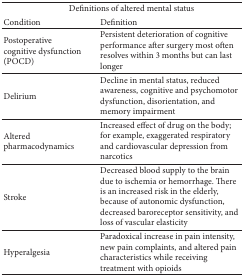
<table><thead><tr><td colspan="2"><b>Definitions of altered mental status </b></td></tr><tr><td><b>Condition</b></td><td><b>Definition</b></td></tr></thead><tbody><tr><td>Postoperative cognitive dysfunction (POCD)</td><td>Persistent deterioration of cognitive performance after surgery most often resolves within 3 months but can last longer</td></tr><tr><td>Delirium</td><td>Decline in mental status, reduced awareness, cognitive and psychomotor dysfunction, disorientation, and memory impairment</td></tr><tr><td>Altered pharmacodynamics</td><td>Increased effect of drug on the body; for example, exaggerated respiratory and cardiovascular depression from narcotics</td></tr><tr><td>Stroke</td><td>Decreased blood supply to the brain due to ischemia or hemorrhage. There is an increased risk in the elderly, because of autonomic dysfunction, decreased baroreceptor sensitivity, and loss of vascular elasticity </td></tr><tr><td>Hyperalgesia</td><td>Paradoxical increase in pain intensity, new pain complaints, and altered pain characteristics while receiving treatment with opioids</td></tr></tbody></table>